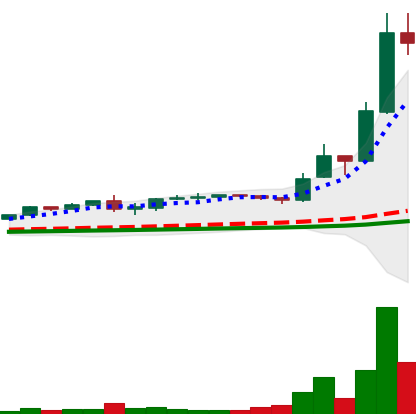
Ticker: LTC-USD
Chart end date: 2017-12-13
Forward return: 18.418%
Label: up_7plus